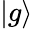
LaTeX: \left|g\right\rangle